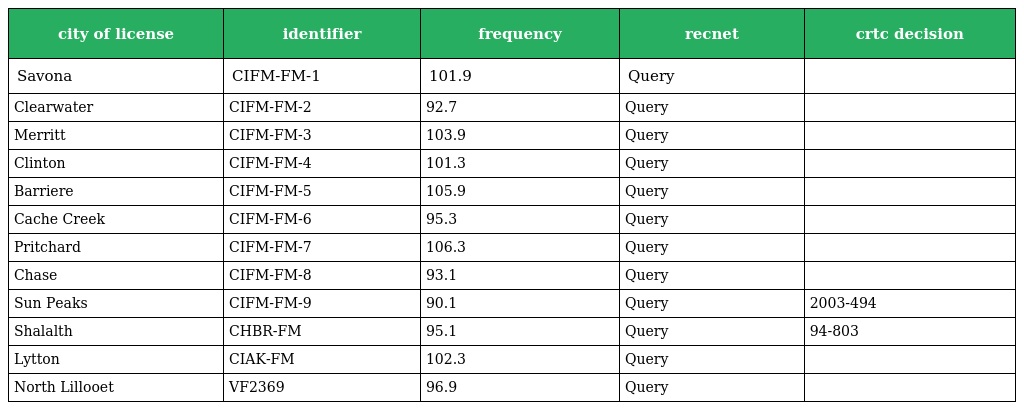
| city of license | identifier | frequency | recnet | crtc decision |
 | --- | --- | --- | --- | --- |
 | Savona | CIFM-FM-1 | 101.9 | Query |  |
 | Clearwater | CIFM-FM-2 | 92.7 | Query |  |
 | Merritt | CIFM-FM-3 | 103.9 | Query |  |
 | Clinton | CIFM-FM-4 | 101.3 | Query |  |
 | Barriere | CIFM-FM-5 | 105.9 | Query |  |
 | Cache Creek | CIFM-FM-6 | 95.3 | Query |  |
 | Pritchard | CIFM-FM-7 | 106.3 | Query |  |
 | Chase | CIFM-FM-8 | 93.1 | Query |  |
 | Sun Peaks | CIFM-FM-9 | 90.1 | Query | 2003-494 |
 | Shalalth | CHBR-FM | 95.1 | Query | 94-803 |
 | Lytton | CIAK-FM | 102.3 | Query |  |
 | North Lillooet | VF2369 | 96.9 | Query |  |